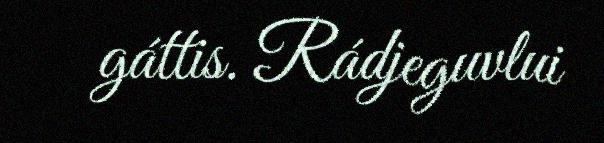
gáttis. Rádjeguvlui